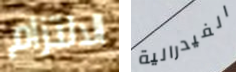
الالتزام الفيدرالية